Lunatic asylums Central Provinces reports 1910-1926 - 1910-1926
Year: 1910
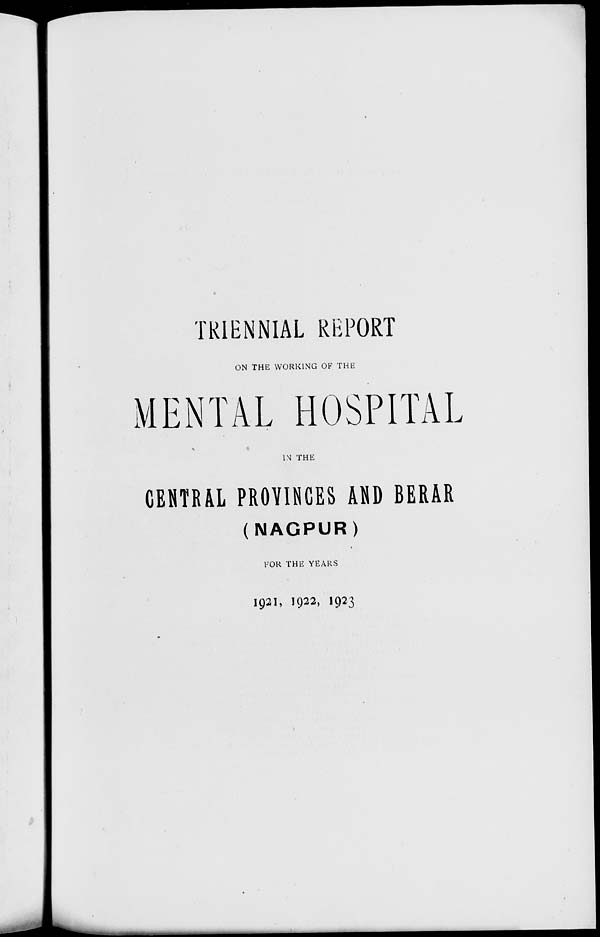
TRIENNIAL REPORT
ON THE WORKING OF THE
MENTAL HOSPITAL
IN THE
CENTRAL PROVINCES AND BERAR
(NAGPUR)
FOR THE YEARS
1921, 1922, 1923